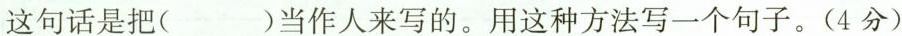
这句话是把( )当作人来写的。用这种方法写一个句子。(4分)